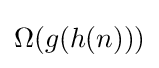
\Omega (g(h(n)))